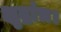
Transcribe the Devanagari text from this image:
क्षुद्रांत्र।